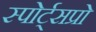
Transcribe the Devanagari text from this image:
स्पोर्ट्‌सप्रो